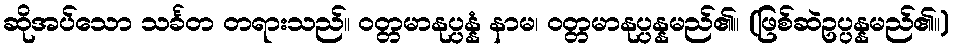
ဆိုအပ်သော သင်္ခတ တရားသည်။ ဝတ္တမာနုပ္ပန္နံ နာမ၊ ဝတ္တမာနုပ္ပန္နမည်၏။ (ဖြစ်ဆဲဥပ္ပန္နမည်၏။)